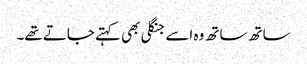
ساتھ ساتھ وہ اسے جنگلی بھی کہتے جاتے تھے۔